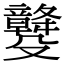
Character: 𣫡